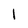
Character: 1